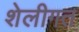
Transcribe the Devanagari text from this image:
शेलीगत